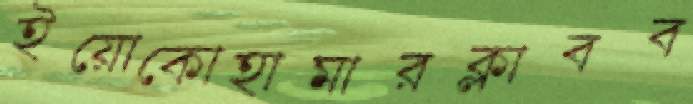
ইয়োকোহামারক্লাবব